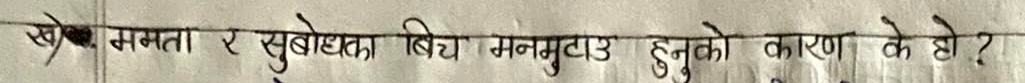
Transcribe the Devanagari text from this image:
खे, ममता र सुबोधता बिच मतमुटार हुनुको कारण के हो?